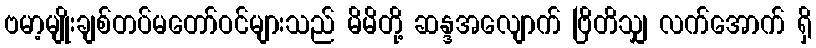
ဗမာ့မျိုးချစ်တပ်မတော်ဝင်များသည် မိမိတို့ ဆန္ဒအလျောက် ဗြိတိသျှ လက်အောက် ရှိ